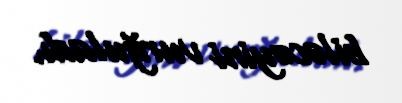
biləcəyini vurğuladı.